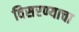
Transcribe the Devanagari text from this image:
विसरण्याचा